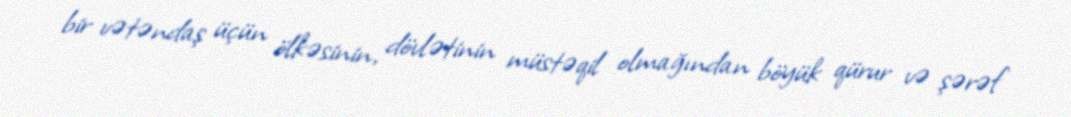
bir vətəndaş üçün ölkəsinin, dövlətinin müstəqil olmağından böyük qürur və şərəf